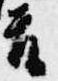
首